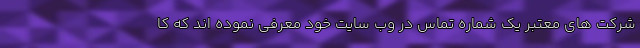
شرکت های معتبر یک شماره تماس در وب سایت خود معرفی نموده اند که کا